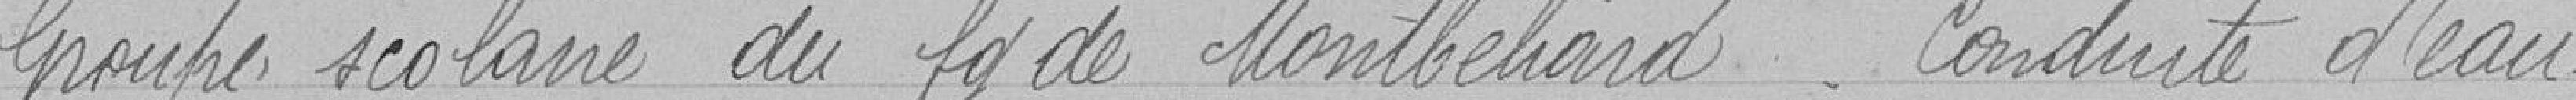
Groupe scolaire du faubourg de Montbéliard   Conduite d'eau